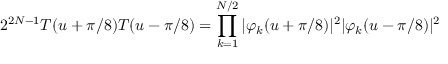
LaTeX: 2 ^ { 2 N - 1 } T ( u + \pi / 8 ) T ( u - \pi / 8 ) = \prod _ { k = 1 } ^ { N / 2 } | \varphi _ { k } ( u + \pi / 8 ) | ^ { 2 } | \varphi _ { k } ( u - \pi / 8 ) | ^ { 2 }